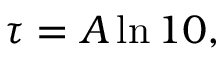
\tau = A \ln 1 0 ,